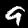
Label: 9